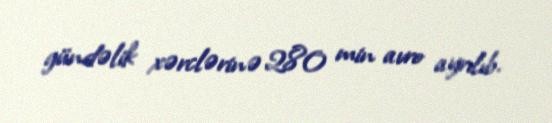
gündəlik xərclərinə 280 min avro ayrılıb.